Haapsalu_Metskond, lk 6
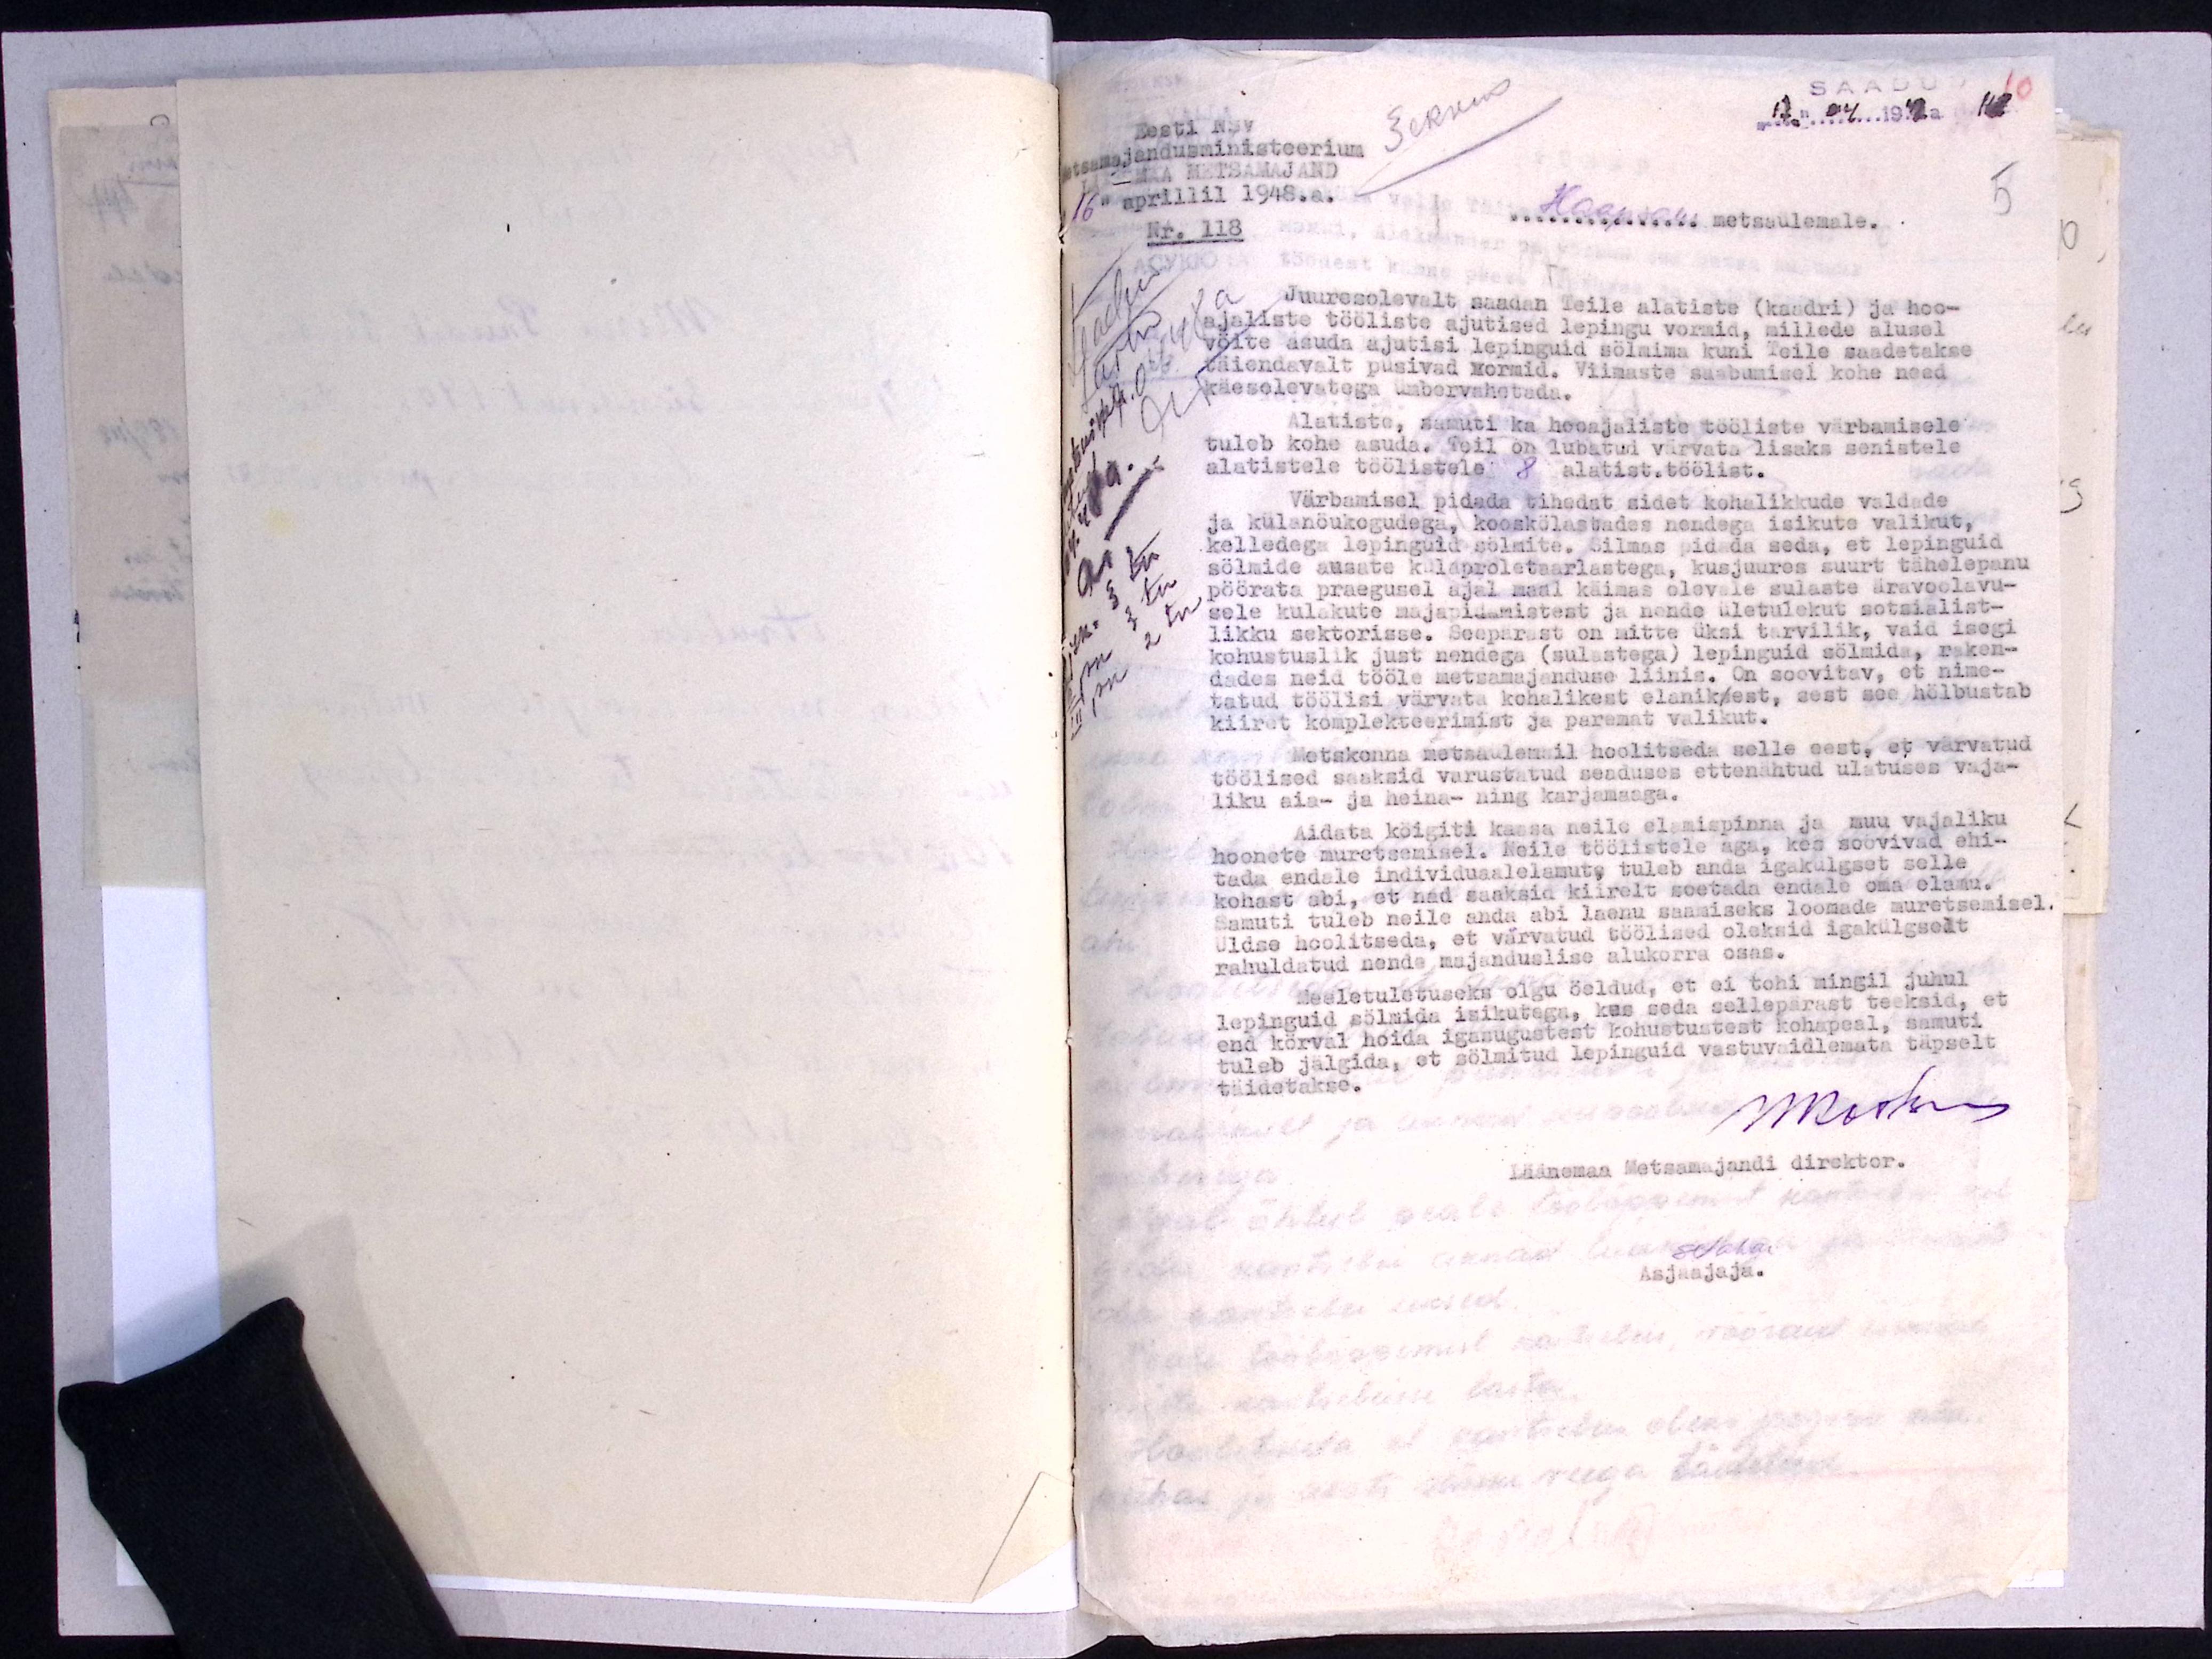
SAADUD
"17" 04 1948a 118

Eesti NSV
Metsamajandusministeerium
LÄÄNEMAA METSAMAJAND
16" aprillil 1948.a.
Nr. 118
Haapsalu metsaülemale.
Juuresolevalt saadan Teile alatiste (kaadri) ja hoo-
ajaliste tööliste ajutised lepingu vormid, millede alusel
vöite asuda ajutisi lepinguid sölmima kuni Teile saadetakse
täiendavalt püsivad vormid. Viimaste saabumisel kohe need
käesolevatega ümbervahetada.
Alatiste, samuti ka hooajaliste tööliste värbamisele
tuleb kohe asuda. Teil on lubatud värvata lisaks senistele
alatistele töölistele 8 alatist. töölist.
Värbamisel pidada tihedat sidet kohalikkude valdade
ja külanöukogudega, kooskölastades nendega isikute valikut,
kelledega lepinguid sölmite. Silmas pidada seda, et lepinguid
sölmide ausate külaproletaarlastega, kusjuures suurt tähelepanu
pöörata praegusel ajal maal käimas olevale sulaste äravoolavu-
sele kulakute majapidamistest ja nende ületulekut sotsialist-
likku sektorisse. Seepärast on mitte üksi tarvilik, vaid isegi
kohustuslik just nendega (sulastega) lepinguid sölmida, raken-
dades neid tööle metsamajanduse liinis. On soovitav, et nime-
tatud töölisi värvata kohalikest elaniksest, sest see hölbustab
kiiret komplekteerimist ja paremat valikut.
Metskonna metsaülemail hoolitseda selle eest, et värvatud
töölised saaksid varustatud seaduses ettenähtud ulatuses vaja-
liku aia- ja heina- ning karjamaaga.
Aidata köigiti kaasa neile elamispinna ja muu vajaliku
hoonete muretsemisel. Neile töölistele aga, kes soovivad ehi-
tada endale individuaalelamute tuleb anda igakülgset selle
kohast abi, et nad saaksid kiirelt soetada endale oma elamu.
Samuti tuleb neile anda abi laenu saamiseks loomade muretsemisel.
Üldse hoolitseda, et värvatud töölised oleksid igakülgselt
rahuldatud nende majanduslise alukorra osas.
Meeletuletuseks olgu öeldud, et ei tohi mingil juhul
lepinguid sölmida isikutega, kus seda sellepärast teeksid, et
end körval hoida igasugustest kohustustest kohapeal, samuti
tuleb jälgida, et sölmitud lepinguid vastuvaidlemata täpselt
täidetakse.

5

Läänemaa Metsamajandi direktor.

Asjaajaja.